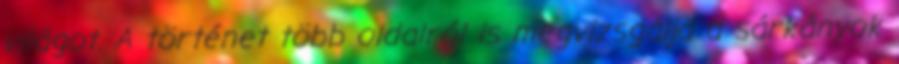
világot. A történet több oldalról is megvizsgálja a sárkányok